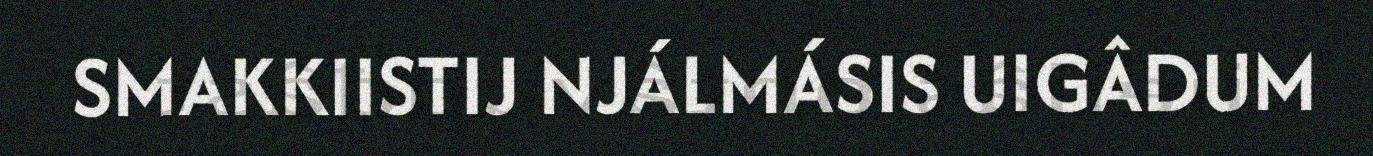
SMAKKIISTIJ NJÁLMÁSIS UIGÂDUM